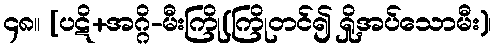
၄၈။ [ပဋိ+အဂ္ဂိ-မီးကြို(ကြိုတင်၍ ရှို့အပ်သောမီး)၊